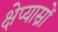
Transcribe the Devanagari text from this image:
क्षेप्यास्रों